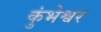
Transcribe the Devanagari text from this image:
कुंभेश्वर